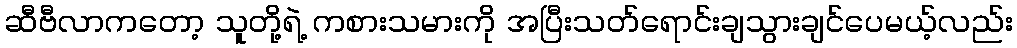
ဆီဗီလာကတော့ သူတို့ရဲ့ ကစားသမားကို အပြီးသတ်ရောင်းချသွားချင်ပေမယ့်လည်း